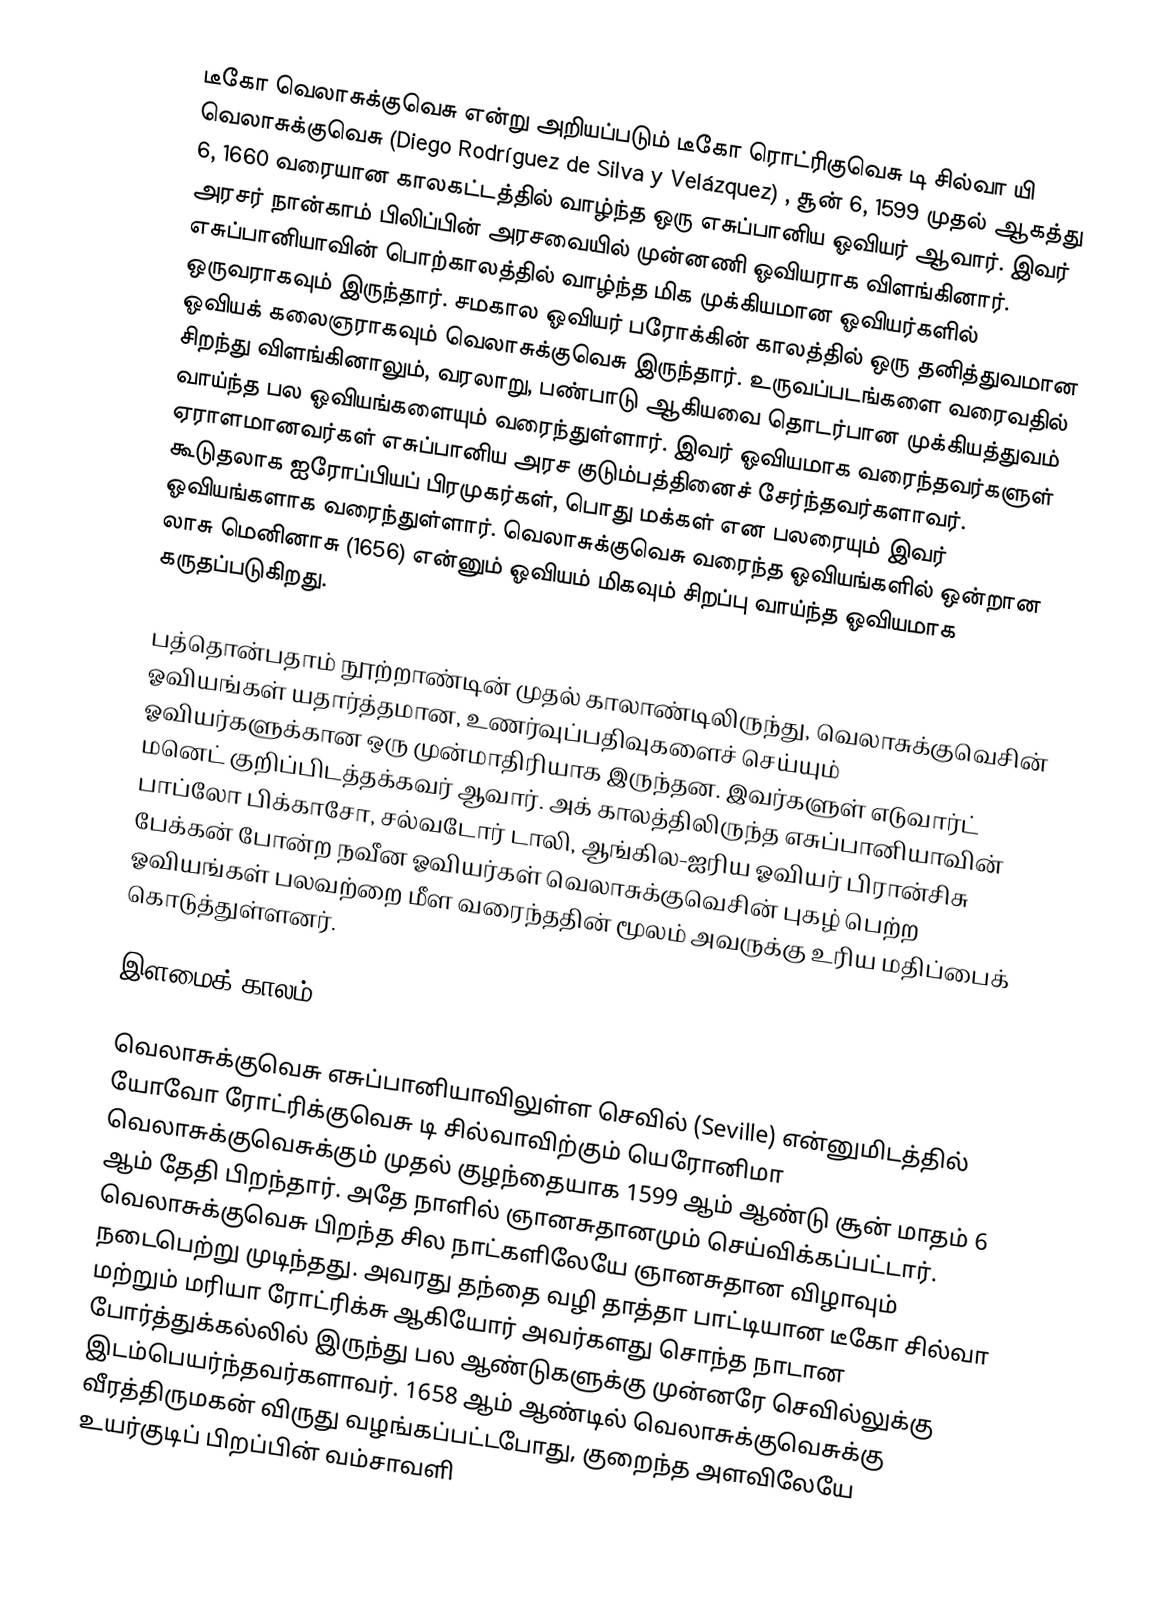
டீகோ வெலாசுக்குவெசு என்று அறியப்படும் டீகோ ரொட்ரிகுவெசு டி சில்வா யி வெலாசுக்குவெசு (Diego Rodríguez de Silva y Velázquez) ,  சூன் 6, 1599 முதல் ஆகத்து 6, 1660 வரையான காலகட்டத்தில் வாழ்ந்த  ஒரு எசுப்பானிய ஓவியர் ஆவார். இவர் அரசர் நான்காம் பிலிப்பின் அரசவையில் முன்னணி ஓவியராக விளங்கினார். எசுப்பானியாவின் பொற்காலத்தில் வாழ்ந்த மிக முக்கியமான ஓவியர்களில் ஒருவராகவும் இருந்தார். சமகால ஓவியர் பரோக்கின் காலத்தில் ஒரு தனித்துவமான ஓவியக் கலைஞராகவும் வெலாசுக்குவெசு இருந்தார். உருவப்படங்களை வரைவதில் சிறந்து விளங்கினாலும், வரலாறு, பண்பாடு ஆகியவை தொடர்பான முக்கியத்துவம் வாய்ந்த பல ஓவியங்களையும் வரைந்துள்ளார். இவர் ஓவியமாக வரைந்தவர்களுள் ஏராளமானவர்கள் எசுப்பானிய அரச குடும்பத்தினைச் சேர்ந்தவர்களாவர். கூடுதலாக ஐரோப்பியப் பிரமுகர்கள், பொது மக்கள் என பலரையும் இவர் ஓவியங்களாக வரைந்துள்ளார். வெலாசுக்குவெசு வரைந்த ஓவியங்களில் ஒன்றான லாசு மெனினாசு (1656) என்னும் ஓவியம் மிகவும் சிறப்பு வாய்ந்த ஓவியமாக கருதப்படுகிறது.

பத்தொன்பதாம் நூற்றாண்டின் முதல் காலாண்டிலிருந்து, வெலாசுக்குவெசின் ஓவியங்கள் யதார்த்தமான, உணர்வுப்பதிவுகளைச் செய்யும் ஓவியர்களுக்கான ஒரு முன்மாதிரியாக இருந்தன. இவர்களுள் எடுவார்ட் மனெட் குறிப்பிடத்தக்கவர் ஆவார். அக் காலத்திலிருந்த எசுப்பானியாவின் பாப்லோ பிக்காசோ, சல்வடோர் டாலி, ஆங்கில-ஐரிய ஓவியர் பிரான்சிசு பேக்கன் போன்ற நவீன ஓவியர்கள் வெலாசுக்குவெசின் புகழ் பெற்ற ஓவியங்கள் பலவற்றை மீள வரைந்ததின் மூலம் அவருக்கு உரிய மதிப்பைக்  கொடுத்துள்ளனர்.

இளமைக் காலம்

வெலாசுக்குவெசு எசுப்பானியாவிலுள்ள  செவில் (Seville) என்னுமிடத்தில் யோவோ ரோட்ரிக்குவெசு டி சில்வாவிற்கும் யெரோனிமா வெலாசுக்குவெசுக்கும் முதல் குழந்தையாக 1599 ஆம் ஆண்டு சூன் மாதம் 6 ஆம் தேதி பிறந்தார். அதே நாளில் ஞானசுதானமும் செய்விக்கப்பட்டார். வெலாசுக்குவெசு பிறந்த சில நாட்களிலேயே ஞானசுதான விழாவும் நடைபெற்று முடிந்தது. அவரது தந்தை வழி தாத்தா பாட்டியான டீகோ சில்வா மற்றும் மரியா ரோட்ரிக்சு ஆகியோர் அவர்களது சொந்த நாடான போர்த்துக்கல்லில் இருந்து பல ஆண்டுகளுக்கு முன்னரே செவில்லுக்கு இடம்பெயர்ந்தவர்களாவர். 1658 ஆம் ஆண்டில் வெலாசுக்குவெசுக்கு வீரத்திருமகன் விருது வழங்கப்பட்டபோது,  குறைந்த அளவிலேயே உயர்குடிப் பிறப்பின்  வம்சாவளி